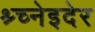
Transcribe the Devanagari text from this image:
श्र्च्नेइदेर